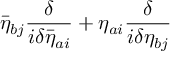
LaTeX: \bar { \eta } _ { b j } \frac { \delta } { i \delta \bar { \eta } _ { a i } } + \eta _ { a i } \frac { \delta } { i \delta \eta _ { b j } }